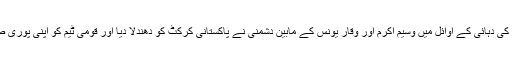
1990 کی دہائی کے آخر اور 2000 کی دہائی کے اوائل میں وسیم اکرم اور وقار یونس کے مابین دشمنی نے پاکستانی کرکٹ کو دھندلا دیا اور قومی ٹیم کو اپنی پوری صلاحیت استعمال کرنے سے روک دیا۔